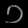
Digit: ၁